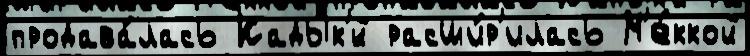
продава́лась Кадык'́й расши́р'илась М'е́ккой